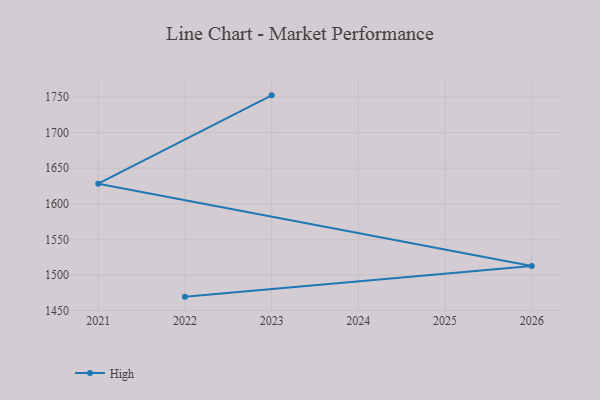
{"axis": {"x": "Year", "y": "Revenue (USD Million)"}, "legend": ["High"], "data": [{"x": "2023", "y": 1752.2, "type": "High"}, {"x": "2021", "y": 1628.1, "type": "High"}, {"x": "2026", "y": 1512.4, "type": "High"}, {"x": "2022", "y": 1469.5, "type": "High"}]}